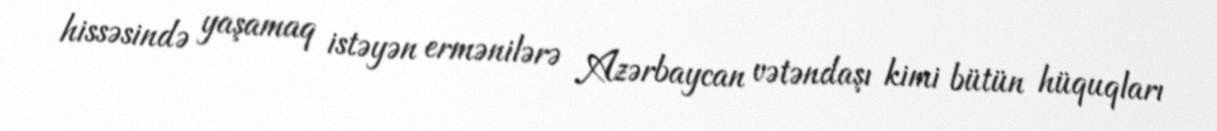
hissəsində yaşamaq istəyən ermənilərə Azərbaycan vətəndaşı kimi bütün hüquqları